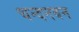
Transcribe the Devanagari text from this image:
चन्दनवन